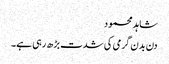
شاہد محمود
دن بدن گرمی کی شدت بڑھ رہی ہے۔